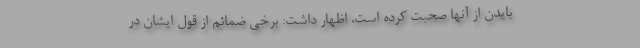
بایدن از آنها صحبت کرده است، اظهار داشت: برخی ضمائم از قول ایشان در